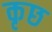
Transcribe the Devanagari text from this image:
कृछ